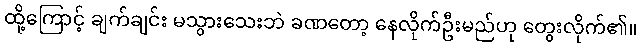
ထို့ကြောင့် ချက်ချင်း မသွားသေးဘဲ ခဏတော့ နေလိုက်ဦးမည်ဟု တွေးလိုက်၏။